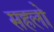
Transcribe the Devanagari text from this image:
सहलो